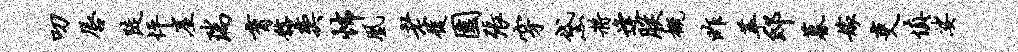
叨唇陡怦崖瑞育髂奕怖凰老履园张穿黛将逢朕概昨萃邸暮嫁吏慎娑